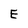
Character: E